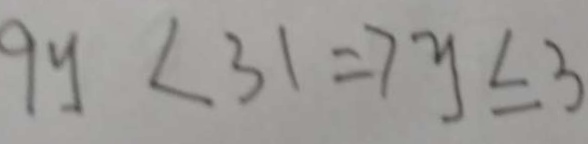
9 y < 3 1 \Rightarrow y \leq 3